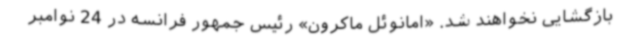
بازگشایی نخواهند شد. «امانوئل ماکرون» رئیس جمهور فرانسه در 24 نوامبر